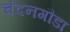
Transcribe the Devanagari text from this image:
चंदनगौडा